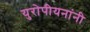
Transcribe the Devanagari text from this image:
युरोपीयनांनी